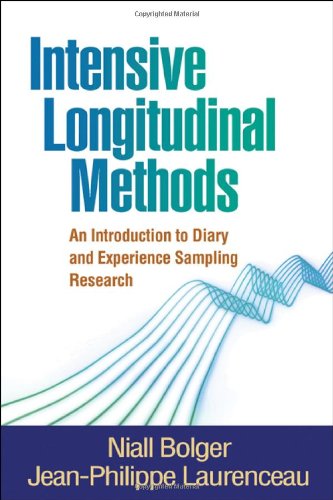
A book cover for Intensive Longitudinal Methods: An Introduction to Diary and Experience Sampling Research (Methodology in the Social Sciences); Niall Bolger; Medical Books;